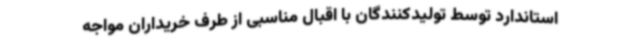
استاندارد توسط تولیدکنندگان با اقبال مناسبی از طرف خریداران مواجه